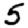
Digit: 5